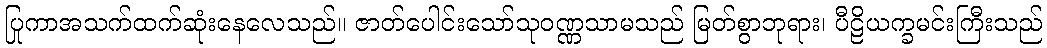
ပြုကာအသက်ထက်ဆုံးနေလေသည်။ ဇာတ်ပေါင်းသော်သုဝဏ္ဏသာမသည် မြတ်စွာဘုရား၊ ပီဠိယက္ခမင်းကြီးသည်